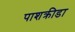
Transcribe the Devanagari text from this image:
पाशक्रीडा